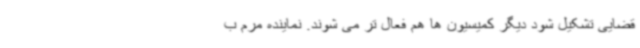
قضایی تشکیل شود دیگر کمیسیون ها هم فعال تر می شوند. نماینده مرم ب